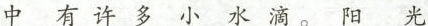
中有许多小水滴。阳光